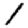
Digit: 1